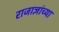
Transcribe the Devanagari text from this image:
राजाज्ञांच्या